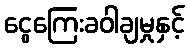
ငွေကြေးခဝါချမှုနှင့်